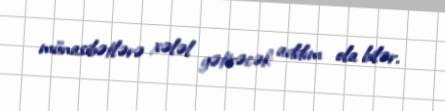
münasibətlərə xələl gətirəcək addım ola bilər.